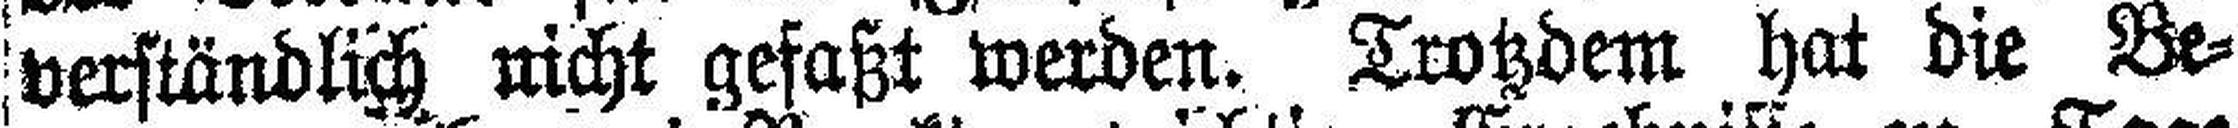
verständlich nicht gefaßt werden. Trotzdem hat die Be¬